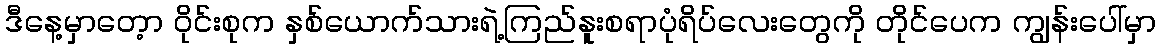
ဒီနေ့မှာတေ့ာ ဝိုင်းစုက နှစ်ယောက်သားရဲ့ကြည်နူးစရာပုံရိပ်လေးတွေကို တိုင်ပေက ကျွန်းပေါ်မှာ